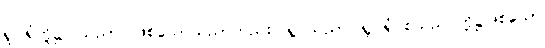
ရူပါရုံတို့၌။ သညာ၊ ဖြစ်သောသညာတည်း။ ရူပသညာ၊ ရူပါရုံ စသည် တို့၌ဖြစ်သော